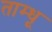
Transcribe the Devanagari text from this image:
ताम्धू